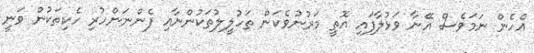
އެހެން ނަމަވެސް އޭނާ ވަޅުލާފައި އޮތީ މަރުނުވެކަން ތަހުލީލުތަކުންނާއި ފެންނަންހުރި ހެކިތަކުން ވަނީ